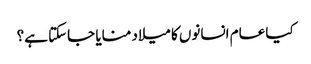
کیا عام انسانوں کا میلاد منایا جاسکتا ہے؟